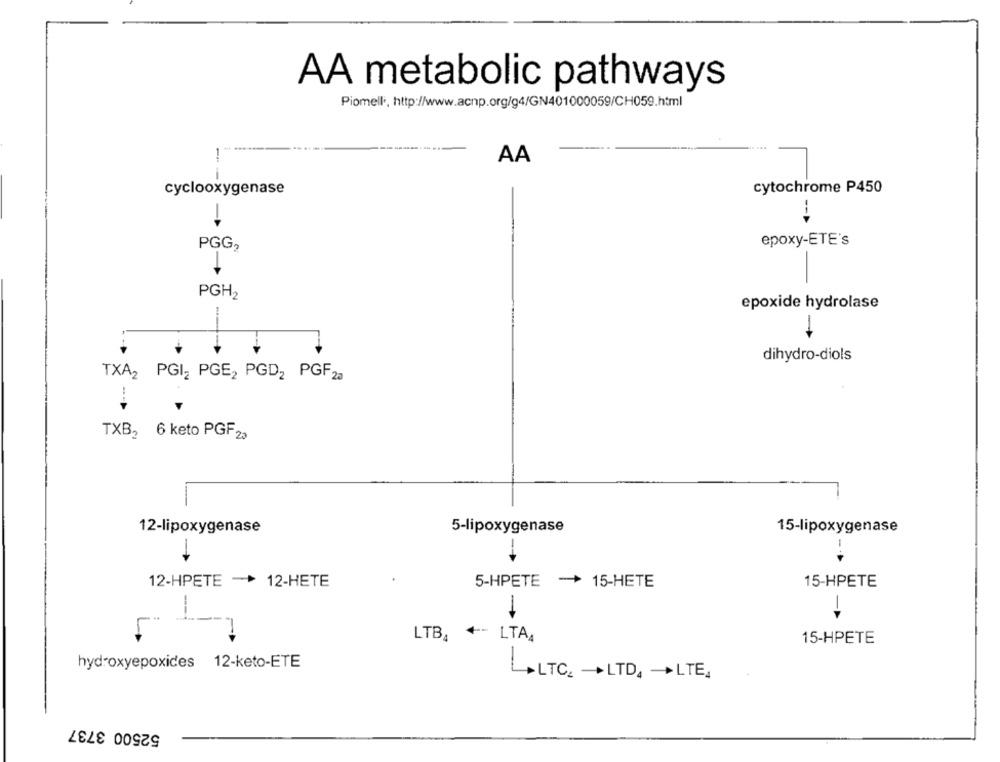
AA metabolic pathways
Piomelli, http://www.acnp.org/g4/GN401000059/CH059.html
AA
--
cyclooxygenase
cytochrome P450
epoxy-ETE's
PGG2
PGH2
epoxide hydrolase
1
dihydro-diols
TXA2 PGI2 PGE2 PGD2 PGF 23
TXB2 6 keto PGF 23
12-lipoxygenase
5-lipoxygenase
15-lipoxygenase
-
12-HPETE - 12-HETE
5-HPETE -> 15-HETE
15-HPETE
---
1
-
LTBA
+ -- LTAA
15-HPETE
hydroxyepoxides 12-keto-ETE
ALTC. LTD, LTE,
52500 3737